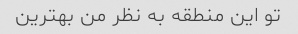
تو این منطقه به نظر من بهترین